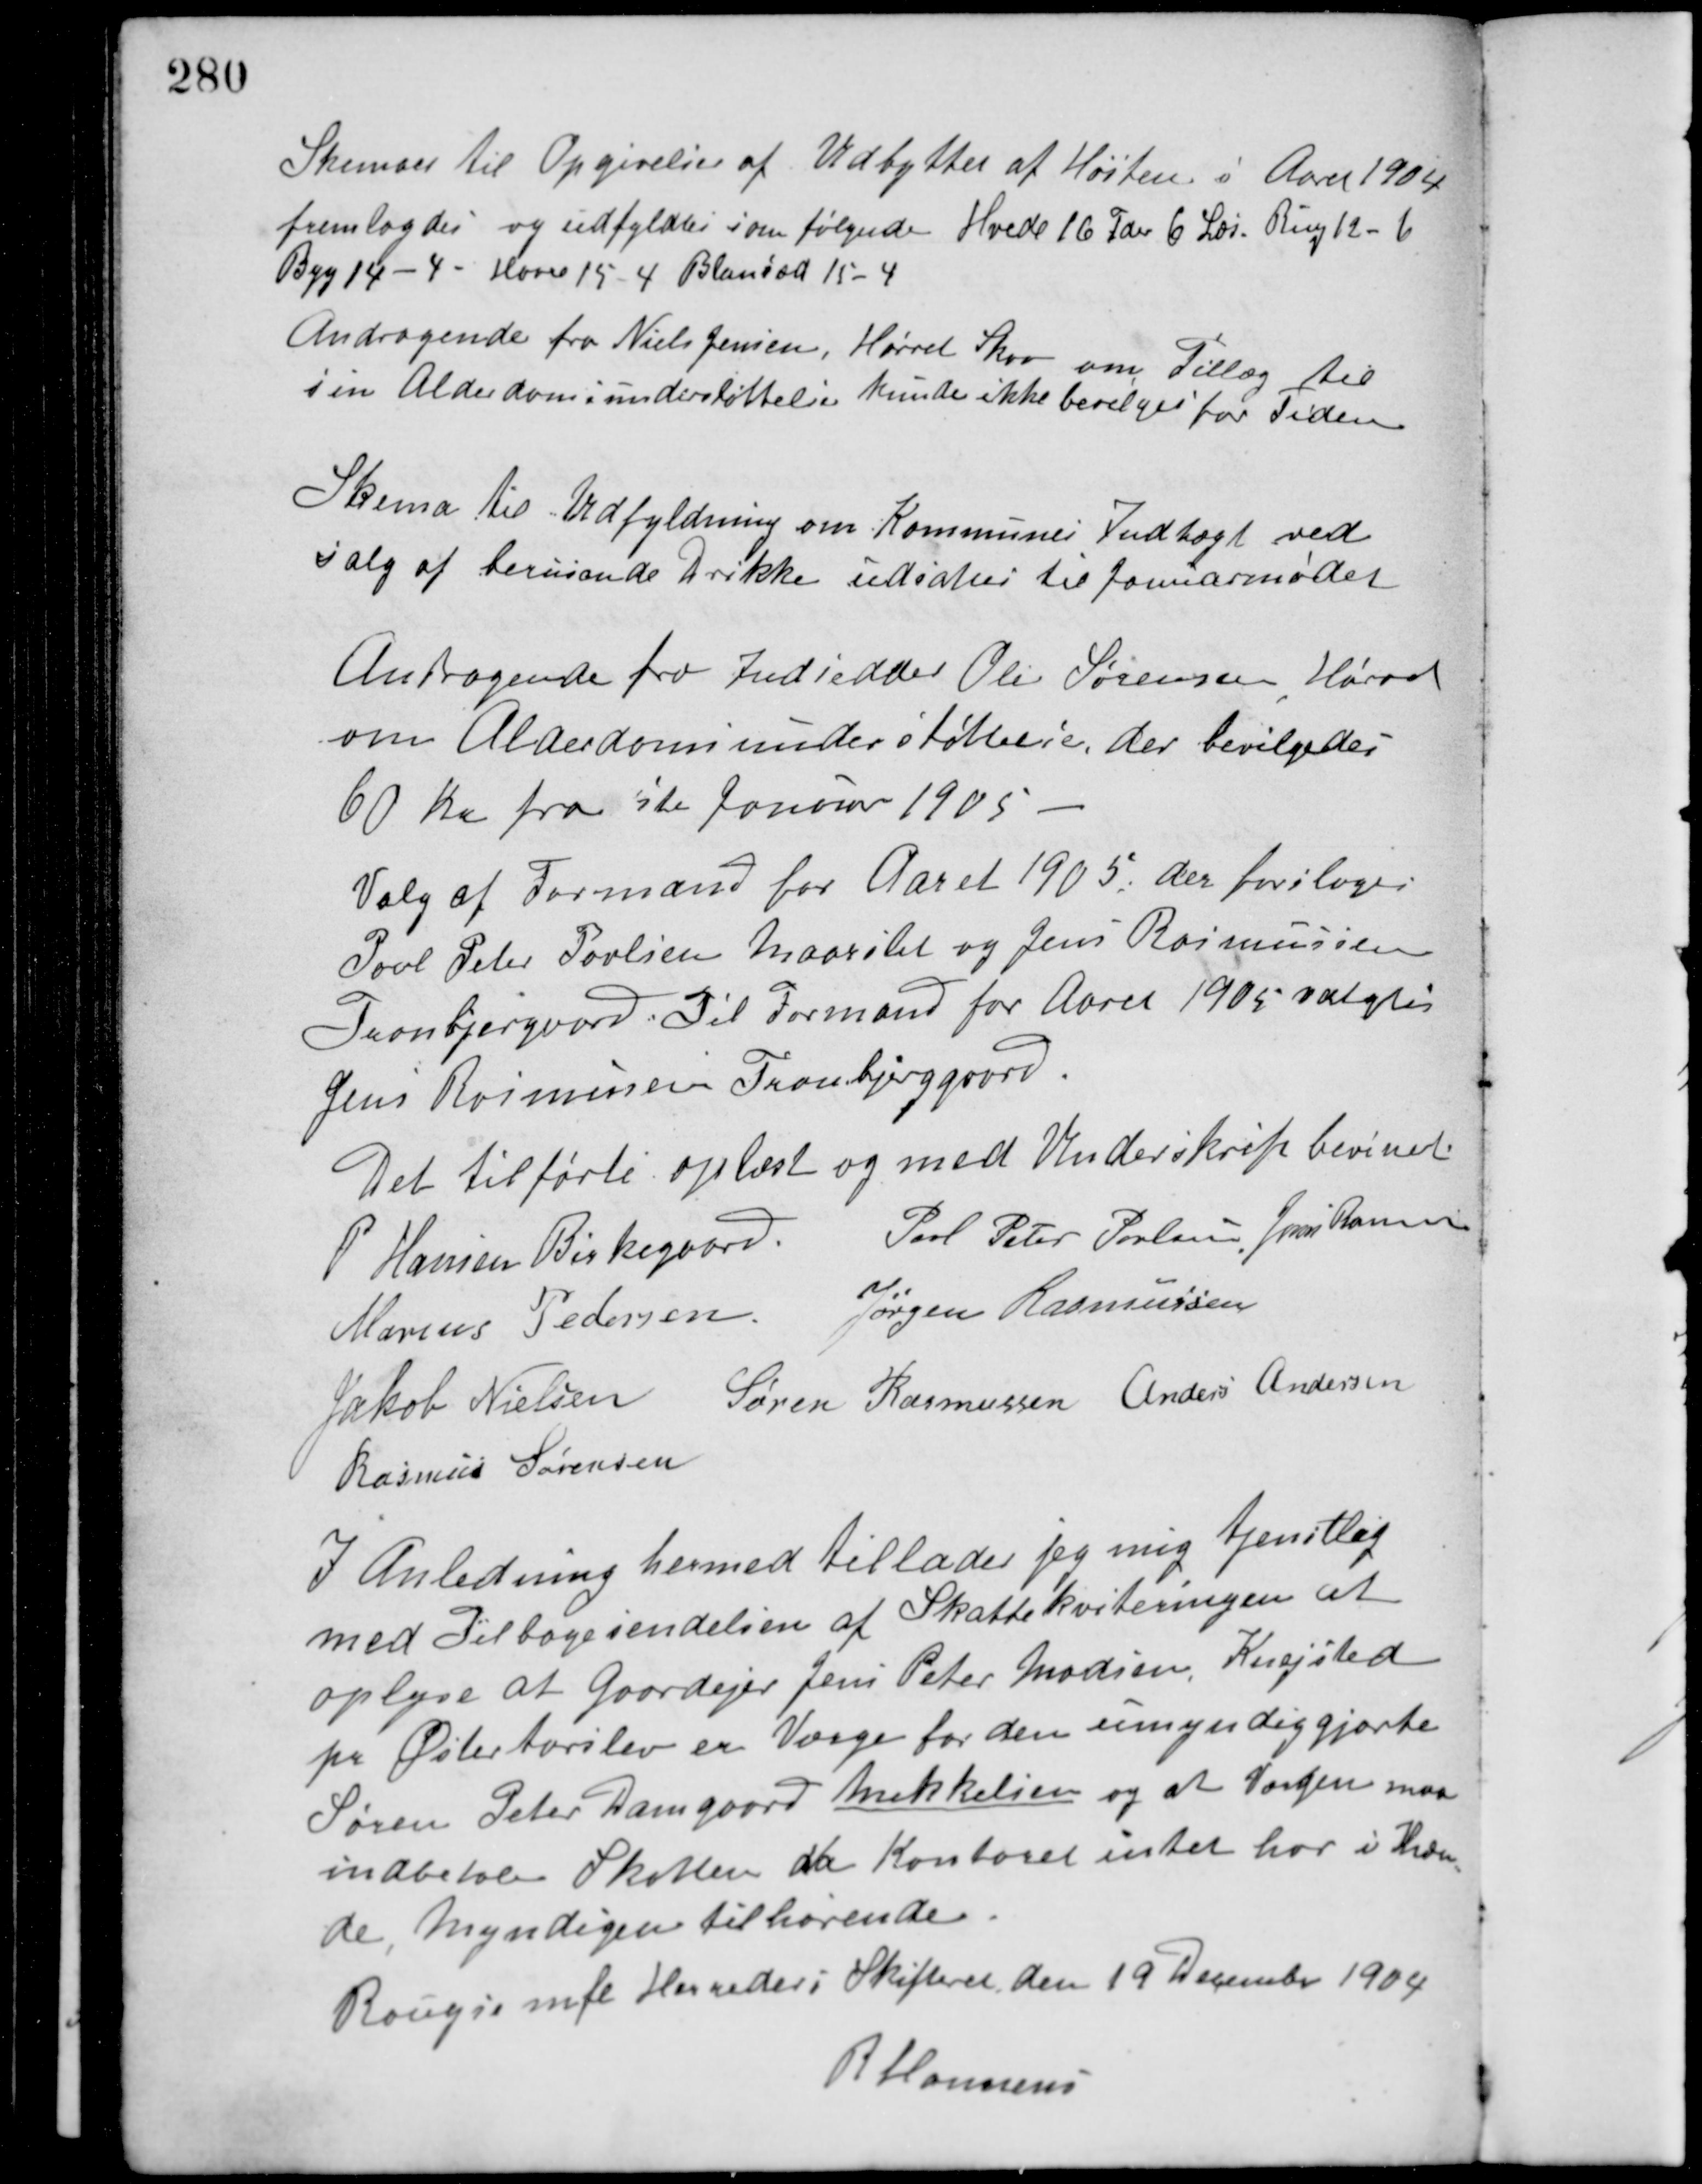
Transskription:
Skemaer til Opgivelse af Udbyttet af Høsten i Aaret 1904
fremlagdes og udfyldtes som følgende Hvede 16 Tdr. 6 Læs. Rug 12 - 6
Byg 14 - 4 - Havre 15 - 4 Blansæd 15 - 4
Andragende fra Niels Jensen, Hørret Skov om Tillæg til
sin Alderdomsunderstøttelse kunde ikke bevilges for Tiden.
Skema til Udfyldning om Kommunes Indtægt ved
Salg af berusende Drikke udsattes til Januarmødet.
Andragende fra Indsidder Ole Sørensen Hørret
om Alderdomsunderstøttelse, der bevilgedes
60 Kr fra 1ste Januar 1905
Valg af Formand for Aaret 1905, der forsloges
Poul Peter Poulsen Maarslet og Jens Rasmussen
Tranbjerggaard. Til Formand for Aaret 1905 valgtes
Jens Rasmussen Tranbjerggaard.
Det tilførte oplæst og med Underskrift bevidnet.
P. Hansen Birkegaard Poul Peter Poulsen Jens Rasmussen
Marius Pedersen Jørgen Rasmussen
Jakob Nielsen Søren Rasmussen Anders Andersen
Rasmus Sørensen
I Anledning hermed tillader jeg mig tjenstlig
med Tilbagesendelsen af Skattekviteringen at
oplyse at Gaardejer Jens Peter Madsen, Knejsted
på Østertørslev er Værge for den umyndiggjorte
Søren Peter Damgaard Mikkelsen og at Værgen maa
indbetale Skatten da Kontoret intet har i Hæn-
de Myndigen tilhørende
Rougsø mfl. Herreder i Skifteret den 19 December 1904
R Honnens